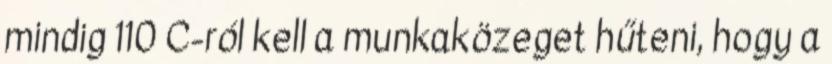
mindig 110 C-ról kell a munkaközeget hűteni, hogy a